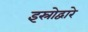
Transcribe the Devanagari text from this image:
इस्रोद्वारे